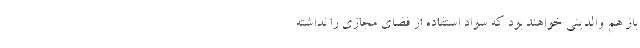
باز هم والدینی خواهند بود که سواد استفاده از فضای مجازی را نداشته